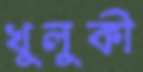
খুলুকী